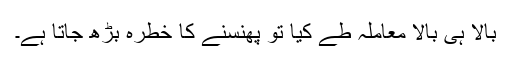
بالا ہی بالا معاملہ طے کیا تو پھنسنے کا خطرہ بڑھ جاتا ہے۔